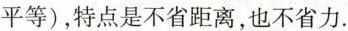
平等)，特点是不省距离，也不省力。